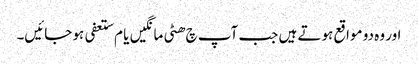
اور وہ دو مواقع ہوتے ہیں جب آپ چ ھٹی مانگیں یا م ستعفی ہو جائیں۔